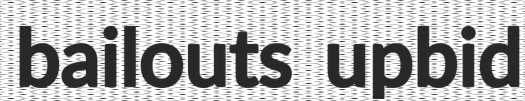
bailouts upbid